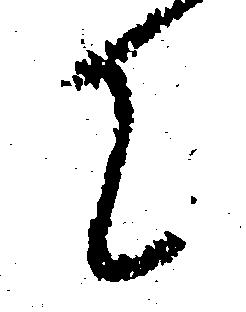
て